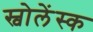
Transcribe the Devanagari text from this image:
स्वोलेंस्क